system: You are a helpful assistant.
user:
Analyze the provided spectrum to determine if it is a **Carbon Star (C-type)**.

- **Key Visual Indicators of Carbon Star:**
    - **(Primary):** Strong molecular absorption from **C₂ (diatomic carbon) "Swan Bands."** This is the **defining feature** of a carbon star.
        - **(Key Bandheads):** Sharp absorption edges are visible at approximately $5635$ Å, $5165$ Å (the strongest band), and $4737$ Å.
        - **(Line Profile):** Creates a distinct **"saw-tooth"** pattern. The key morphology is a sharp, steep bandhead on the **red (long-wavelength) side**, which then gradually tapers off (i.e., flux recovers) towards the **blue (short-wavelength) side**. *(This is the direct opposite of the TiO bands seen in M-type stars)*.

    - **(Secondary):** Intense **CN (cyanogen)** molecular absorption bands.
        - **(Key Bandheads):** Located in the blue and violet regions of the spectrum (e.g., near $4215$ Å and $3883$ Å).
        - **(Morphology):** These bands are extremely broad and act as a "blanket," absorbing the vast majority of blue and violet light. This creates a characteristic **"cliff"** or **"steep drop-off"** in the spectrum's flux at short wavelengths.

    - **(Key Confirmation):** Strong **CH absorption band (G-band)**.
        - **(Key Bandhead):** Located around $4300$ Å. The contribution from CH molecules to this band is exceptionally strong.

    - **(Overall Spectrum):**
        - The continuum is severely "chopped up" by these deep molecular bands, especially C₂, rather than appearing as a smooth curve.
        - Due to the heavy CN and C₂ absorption in the blue-green, the vast majority of the star's flux is concentrated in the red part of the spectrum, giving the star its characteristic deep red color.

Think first, call **spectral_visualization_tool** if needed to examine features in detail, then provide your final answer. Your response must adhere to the following strict rules:
1.  **Overall Structure:** Your response must follow the format `<think>...</think> <tool_call>...</tool_call> (if a tool is used) <answer>...</answer>`.
2.  **Tool Usage Constraint:** You may only make **one** tool call per turn.
3.  **Final Answer Format:** In the `<answer>` tag, your conclusion must be inside a `\boxed{}` command (e.g., `\boxed{YES}`), followed by your justification.

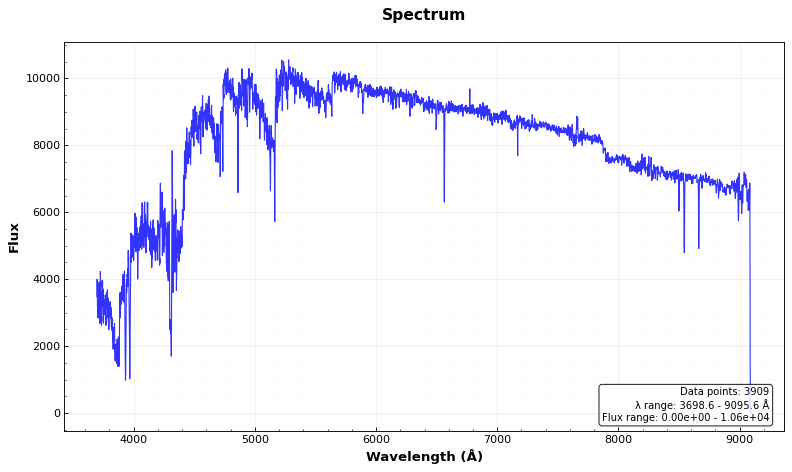
Answer: YES